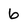
Character: 6